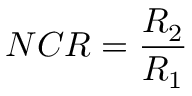
N C R = \frac { R _ { 2 } } { R _ { 1 } }